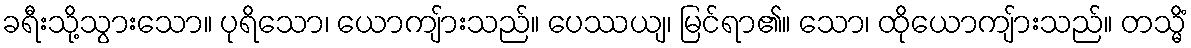
ခရီးသို့သွားသော။ ပုရိသော၊ ယောကျ်ားသည်။ ပေဿယျ၊ မြင်ရာ၏။ သော၊ ထိုယောကျ်ားသည်။ တသ္မိံ